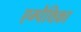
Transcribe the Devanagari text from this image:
एम्पैथिका